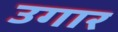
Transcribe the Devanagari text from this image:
उगार